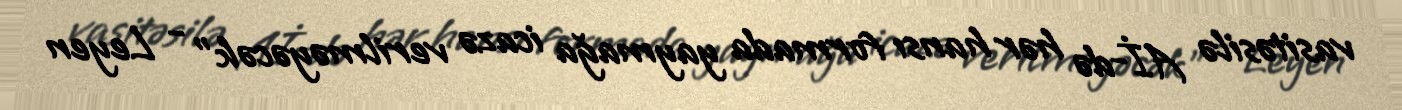
vasitəsilə Aİ-də hər hansı formada yaymağa icazə verilməyəcək” - Leyen